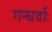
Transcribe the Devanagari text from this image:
गन्धर्वाः